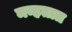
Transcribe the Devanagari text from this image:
मन्हतात